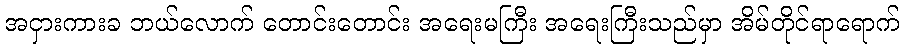
အငှားကားခ ဘယ်လောက် တောင်းတောင်း အရေးမကြီး အရေးကြီးသည်မှာ အိမ်တိုင်ရာရောက်